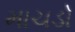
માચડો